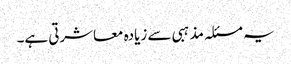
یہ مسئلہ مذہبی سے زیادہ معاشرتی ہے۔